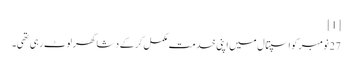
[1]
27 نومبر کو اسپتال میں اپنی خدمت مکمل کر کے دشا گھر لوٹ رہی تھی۔